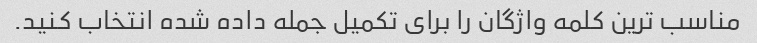
مناسب ترین کلمه واژگان را برای تکمیل جمله داده شده انتخاب کنید.